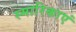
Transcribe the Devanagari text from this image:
स्मारिकाएं